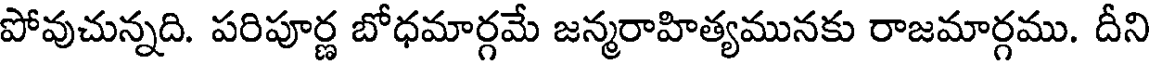
పోవుచున్నది. పరిపూర్ణ బోధమార్గమే జన్మరాహిత్యమునకు రాజమార్గము. దీని